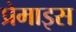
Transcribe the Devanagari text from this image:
प्रेमाइस